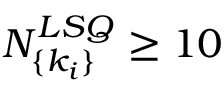
N _ { \{ k _ { i } \} } ^ { L S Q } \ge 1 0